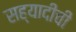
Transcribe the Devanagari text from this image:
सह्यादीची